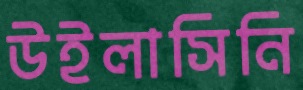
উইলাসিনি